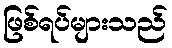
ဖြစ်ရပ်များသည်